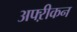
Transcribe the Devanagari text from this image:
अफ्ऱीकन